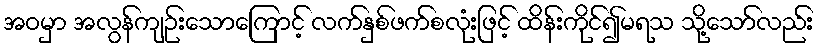
အဝမှာ အလွန်ကျဉ်းသောကြောင့် လက်နှစ်ဖက်စလုံးဖြင့် ထိန်းကိုင်၍မရသ သို့သော်လည်း